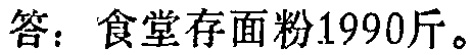
答：食堂存面粉1990斤。